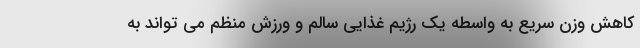
کاهش وزن سریع به واسطه یک رژیم غذایی سالم و ورزش منظم می تواند به